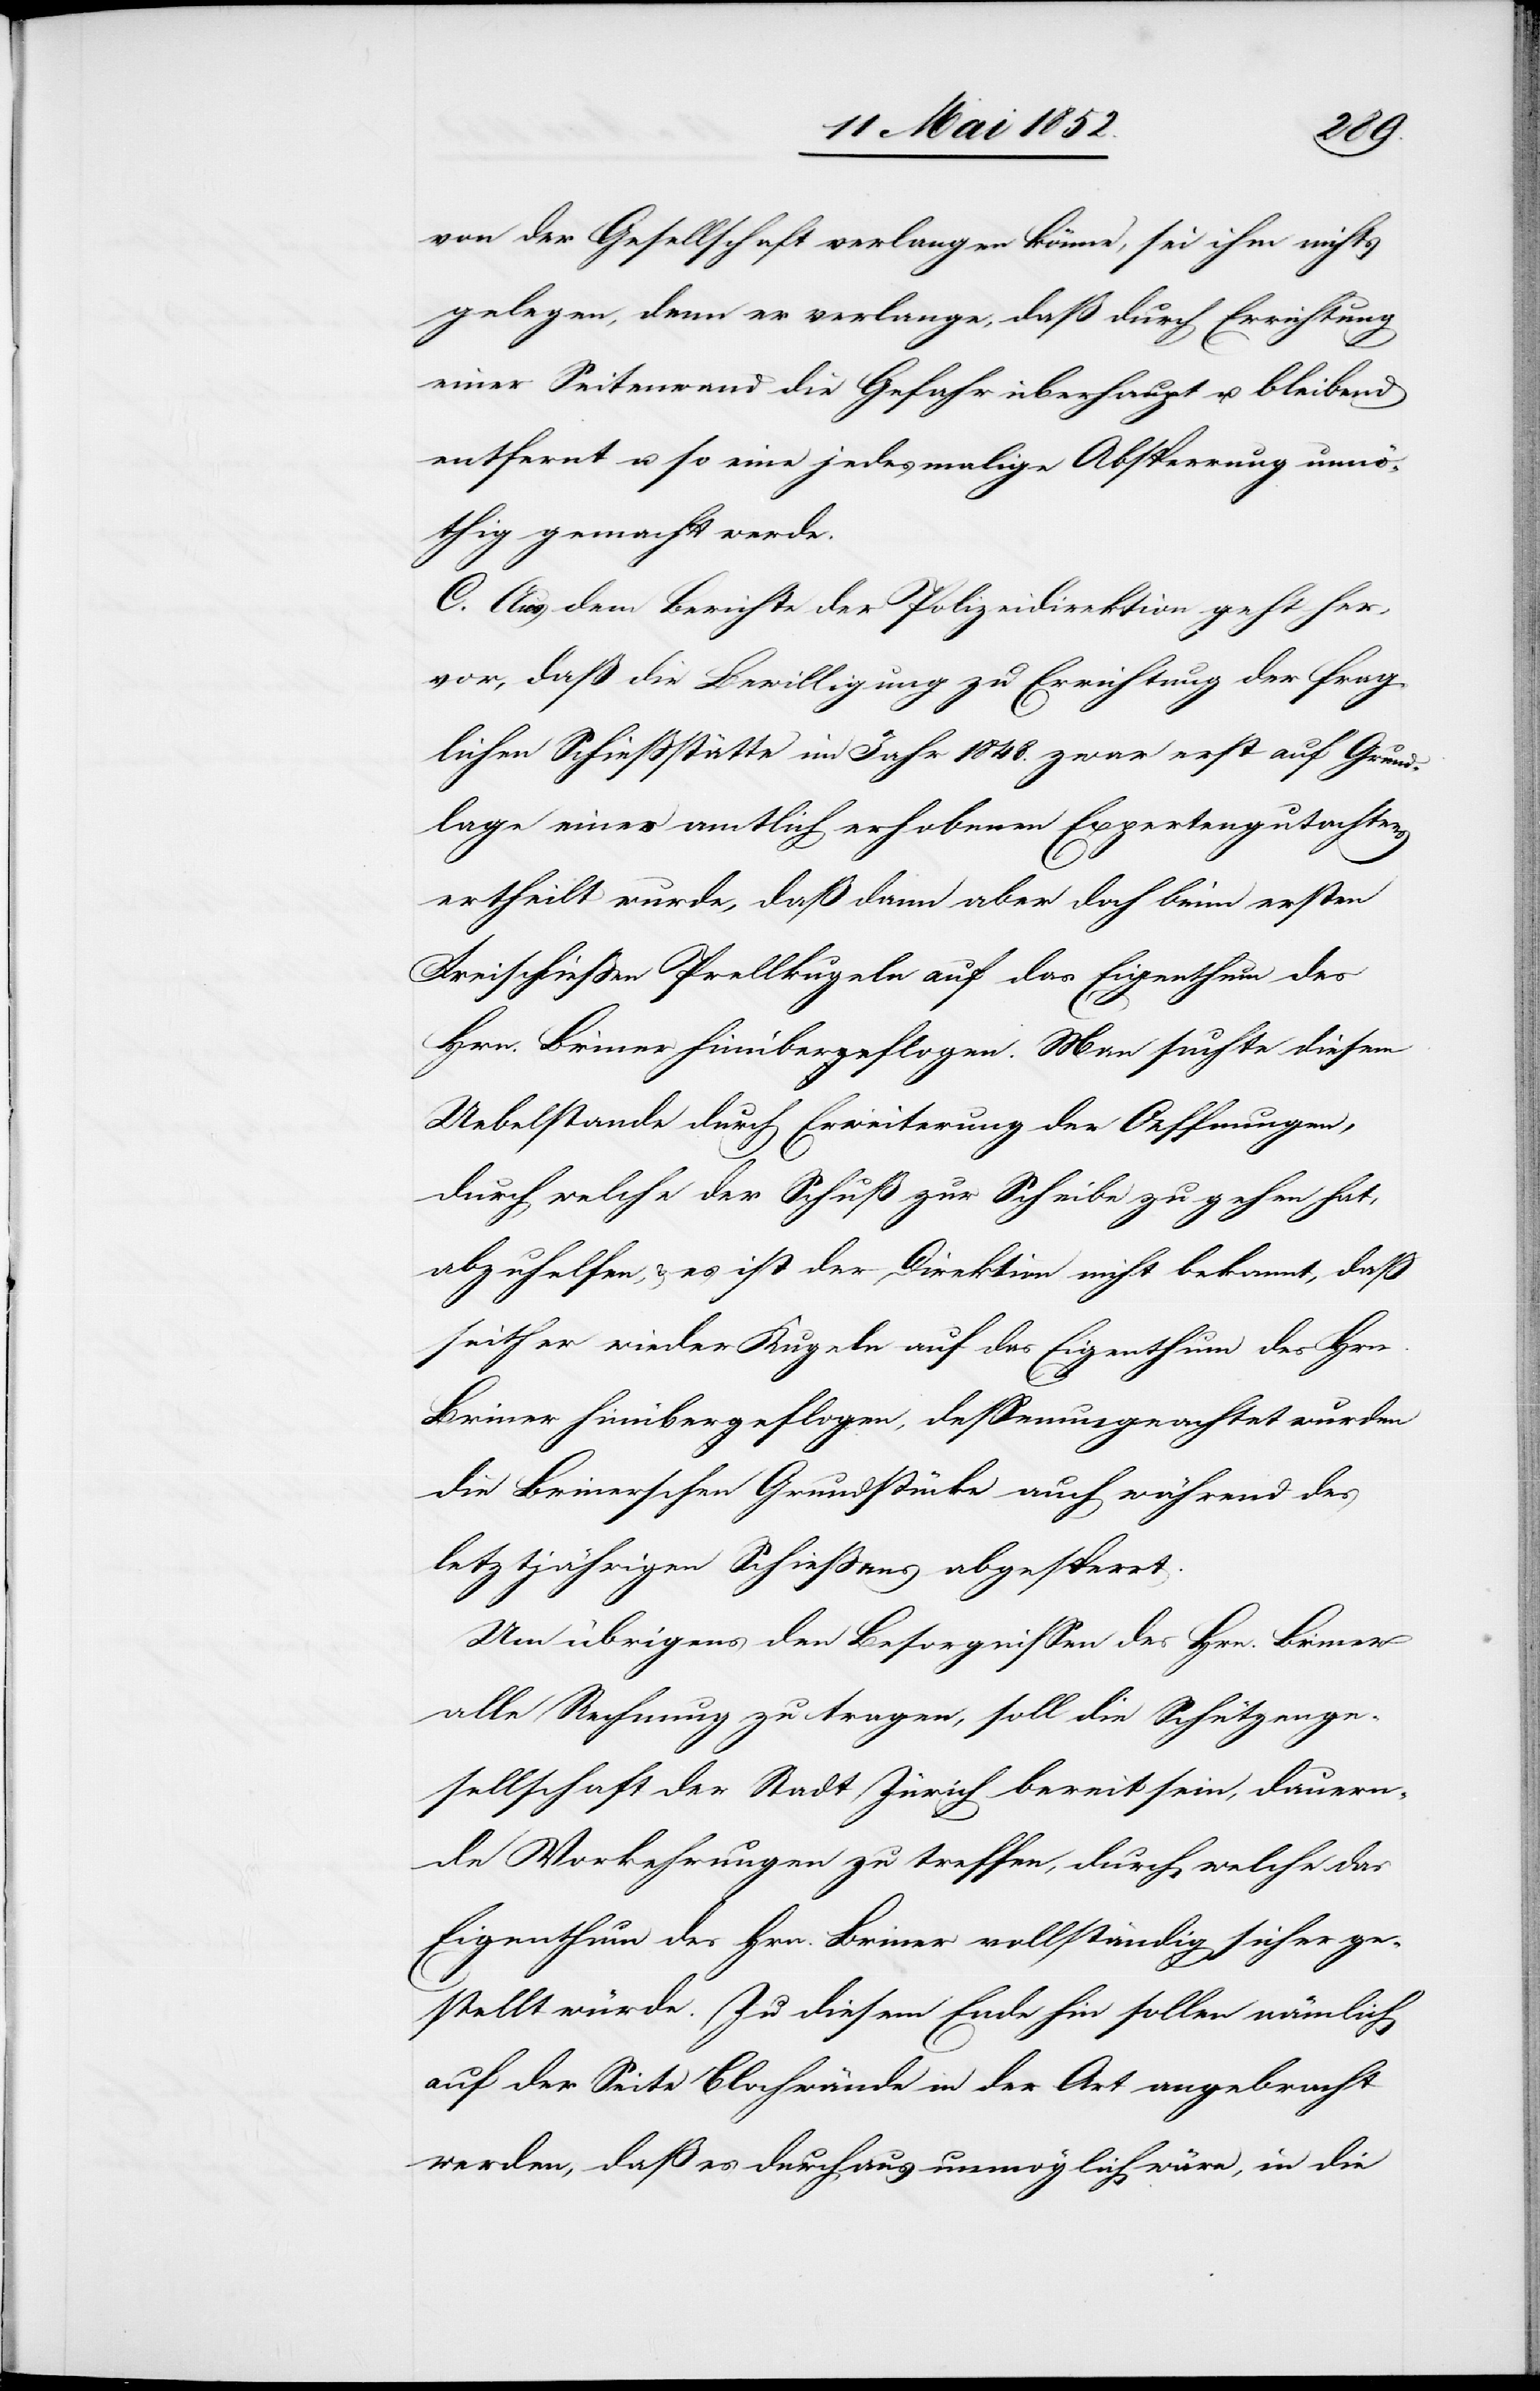
von der Gesellschaft verlangen könne, sei ihm nichts
gelegen, denn er verlange, daß durch Errichtung
einer Seitenwand die Gefahr überhaupt u. bleibend
entfernt u. so eine jedesmalige Absperrung unnö¬
thig gemacht werde.
C. Aus dem Berichte der Polizeidirektion geht her¬
vor, daß die Bewilligung zu Errichtung der frag¬
lichen Schiessstätte im Jahr 1848. zwar erst auf Grund¬
lage eines amtlich erhobenen Expertengutachtens
ertheilt wurde, daß dann aber doch beim ersten
Freischiessen Prellkugeln auf das Eigenthum des
Hrn. Briner hinübergeflogen. Man suchte diesem
Uebelstande durch Erweiterung der Oeffnungen,
durch welche der Schuß zur Scheibe zu gehen hat,
abzuhelfen, & es ist der Direktion nicht bekannt, dass
seither wieder Kugeln auf das Eigenthum des Hrn.
Briner hinübergeflogen, dessenungeachtet wurden
die Brinerschen Grundstücke auch während des
letztjährigen Schiessens abgesperrt.
Um übrigens den Besorgnissen des Hrn. Briner
alle Rechnung zu tragen, soll die Schützenge¬
sellschaft der Stadt Zürich bereit sein, dauern¬
de Vorkehrungen zu treffen, durch welche das
Eigenthum des Hrn. Briner vollständig sicher ge¬
stellt würde. Zu diesem Ende hin sollen nämlich
auf der Seite Blochwände in der Art angebracht
werden, daß es durchaus unmöglich wäre, in die